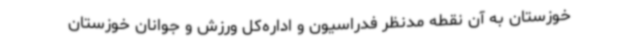
خوزستان به آن نقطه‌ مدنظر فدراسیون و اداره‌کل ورزش و جوانان خوزستان